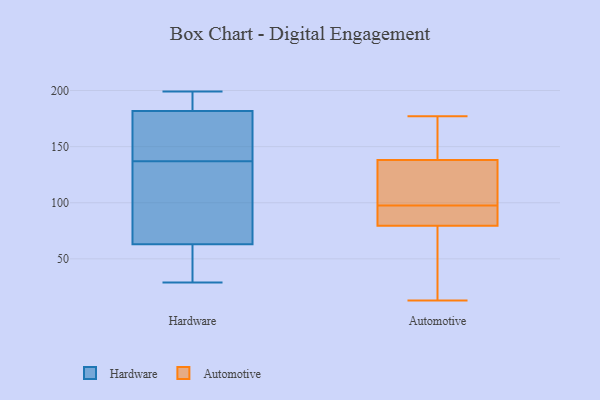
{"axis": {"x": "Page Views", "y": "Value"}, "legend": ["Automotive", "Hardware"], "data": [{"x": "", "y": 199, "type": "Hardware"}, {"x": "", "y": 133, "type": "Hardware"}, {"x": "", "y": 29, "type": "Hardware"}, {"x": "", "y": 137, "type": "Hardware"}, {"x": "", "y": 170, "type": "Hardware"}, {"x": "", "y": 59, "type": "Hardware"}, {"x": "", "y": 58, "type": "Hardware"}, {"x": "", "y": 185, "type": "Hardware"}, {"x": "", "y": 142, "type": "Hardware"}, {"x": "", "y": 185, "type": "Hardware"}, {"x": "", "y": 92, "type": "Hardware"}, {"x": "", "y": 194, "type": "Hardware"}, {"x": "", "y": 48, "type": "Hardware"}, {"x": "", "y": 185, "type": "Hardware"}, {"x": "", "y": 164, "type": "Hardware"}, {"x": "", "y": 136, "type": "Hardware"}, {"x": "", "y": 172, "type": "Hardware"}, {"x": "", "y": 75, "type": "Hardware"}, {"x": "", "y": 43, "type": "Hardware"}, {"x": "", "y": 154, "type": "Automotive"}, {"x": "", "y": 169, "type": "Automotive"}, {"x": "", "y": 55, "type": "Automotive"}, {"x": "", "y": 85, "type": "Automotive"}, {"x": "", "y": 174, "type": "Automotive"}, {"x": "", "y": 74, "type": "Automotive"}, {"x": "", "y": 21, "type": "Automotive"}, {"x": "", "y": 100, "type": "Automotive"}, {"x": "", "y": 13, "type": "Automotive"}, {"x": "", "y": 90, "type": "Automotive"}, {"x": "", "y": 115, "type": "Automotive"}, {"x": "", "y": 89, "type": "Automotive"}, {"x": "", "y": 95, "type": "Automotive"}, {"x": "", "y": 177, "type": "Automotive"}, {"x": "", "y": 122, "type": "Automotive"}, {"x": "", "y": 110, "type": "Automotive"}]}